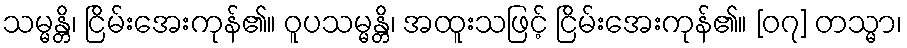
သမ္မန္တိ၊ ငြိမ်းအေးကုန်၏။ ဝူပသမ္မန္တိ၊ အထူးသဖြင့် ငြိမ်းအေးကုန်၏။ [၀၇] တသ္မာ၊